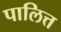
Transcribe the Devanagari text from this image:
पालित्त